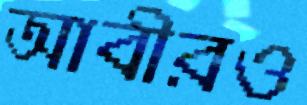
আবীরও